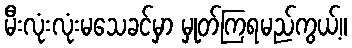
မီးလုံးလုံးမသေခင်မှာ မှုတ်ကြရမည်ကွယ့်။